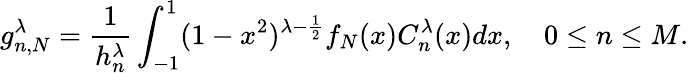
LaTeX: g_{n,N}^{\lambda}=\frac{1}{h_{n}^{\lambda}}\int_{-1}^{1}(1-x^{2})^{\lambda-\frac{1}{2}}f_{N}(x)C_{n}^{\lambda}(x)dx,\quad 0\leq n\leq M.